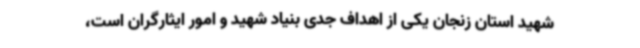
شهید استان زنجان یکی از اهداف جدی بنیاد شهید و امور ایثارگران است،